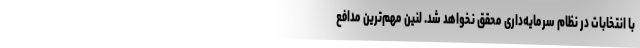
با انتخابات در نظام سرمایه‌داری محقق نخواهد شد. لنین مهم‌ترین مدافع